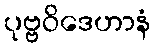
ပုဗ္ဗဝိဒေဟာနံ